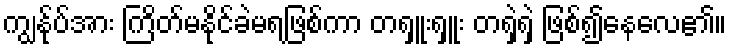
ကျွန်ုပ်အား ကြိတ်မနိုင်ခဲမရဖြစ်ကာ တရှူးရှူး တရှဲရှဲ ဖြစ်၍နေလေ၏။